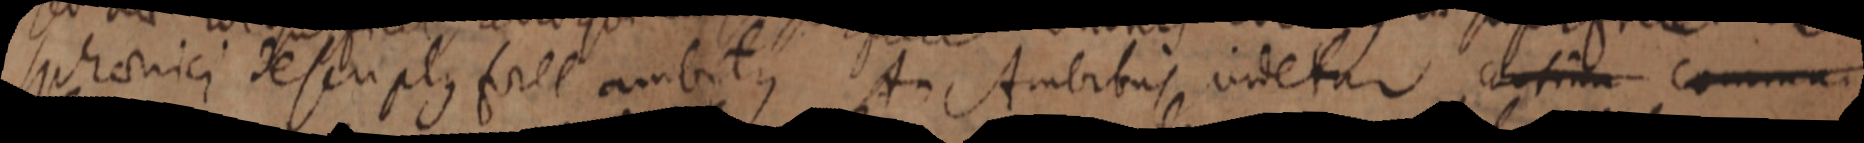
spharici descrplus foret ambitus An Ambitus videtur contina commu